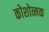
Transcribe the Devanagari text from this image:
कोशोत्मक